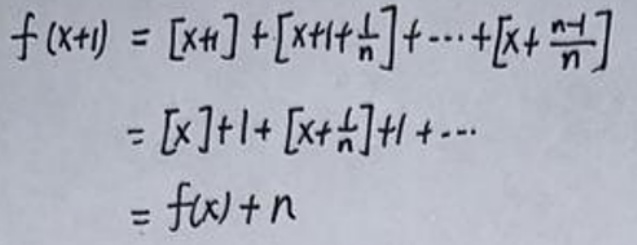
\(f(x + 1)&=[x + 1]+\left[x + 1+\frac{1}{n}\right]+\cdots+\left[x+\frac{n - 1}{n}\right]\)\\
\(&=[x]+1+\left[x+\frac{1}{n}\right]+1+\cdots\)\\
\(&=f(x)+n\)